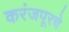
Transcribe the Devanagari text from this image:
करंजपूरचे